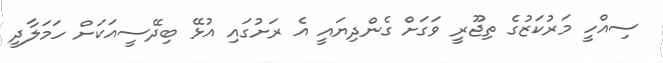
ސިއްހީ މަރުކަޒުގެ ތިޖޫރީ ވަގަށް ގެންދިޔައީ އެ ރަށުގައި އުޅޭ ބިދޭސީއަކަށް ހަމަލާދީ